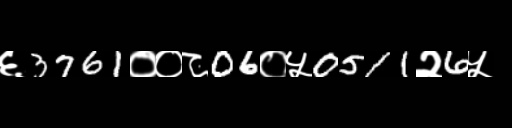
Text: ६3761००८06०५0511२6५